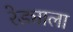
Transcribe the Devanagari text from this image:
रेड्याला